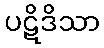
ပဋိဒိသာ